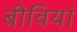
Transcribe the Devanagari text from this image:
बीवियां